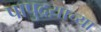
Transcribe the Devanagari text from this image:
पापुद्रय़ाच्या